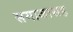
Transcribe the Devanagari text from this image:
समाजासह